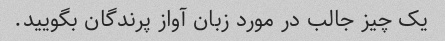
یک چیز جالب در مورد زبان آواز پرندگان بگویید.